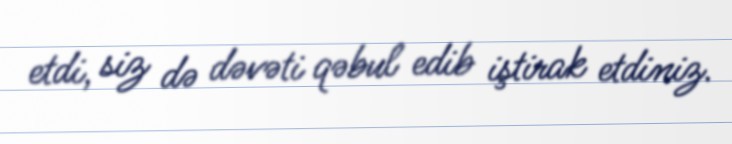
etdi, siz də dəvəti qəbul edib iştirak etdiniz.